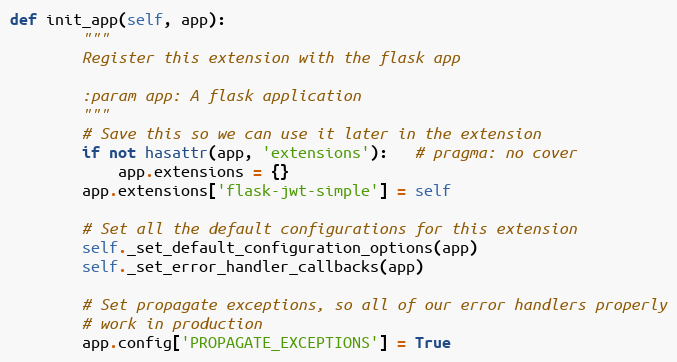
Language: Python
def init_app(self, app):
        """
        Register this extension with the flask app

        :param app: A flask application
        """
        # Save this so we can use it later in the extension
        if not hasattr(app, 'extensions'):   # pragma: no cover
            app.extensions = {}
        app.extensions['flask-jwt-simple'] = self

        # Set all the default configurations for this extension
        self._set_default_configuration_options(app)
        self._set_error_handler_callbacks(app)

        # Set propagate exceptions, so all of our error handlers properly
        # work in production
        app.config['PROPAGATE_EXCEPTIONS'] = True